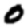
Digit: 0